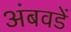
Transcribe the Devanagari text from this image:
अंबवडें